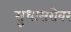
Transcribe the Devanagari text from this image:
सुधासरोवर